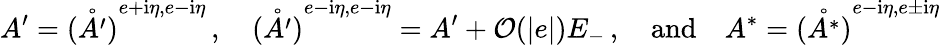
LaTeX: A^{\prime}=\mathring{(A^{\prime})}^{{e+\mathrm{i}\eta,e-\mathrm{i}\eta}}\, ,\quad\mathring{(A^{\prime})}^{{e-\mathrm{i}\eta,e-\mathrm{i}\eta}}=A^{\prime}+\mathcal{O}(|e|)E_{-}\, ,\quad\mathrm{and}\quad A^{*}=\mathring{(A^{*})}^{{e-\mathrm{i}\eta,e\pm\mathrm{i}\eta}}